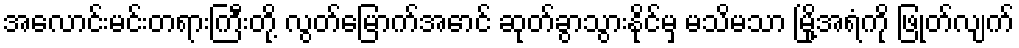
အလောင်းမင်းတရားကြီးတို့ လွတ်မြောက်အောင် ဆုတ်ခွာသွားနိုင်မှ မသိမသာ မြို့အရံကို ဖြုတ်လျက်